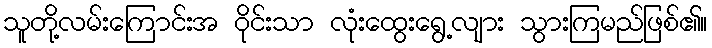
သူတို့လမ်းကြောင်းအ ဝိုင်းသာ လုံးထွေးရွေ့လျား သွားကြမည်ဖြစ်၏။